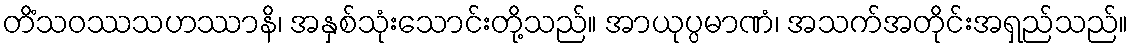
တိံသဝဿသဟဿာနိ၊ အနှစ်သုံးသောင်းတို့သည်။ အာယုပ္ပမာဏံ၊ အသက်အတိုင်းအရှည်သည်။